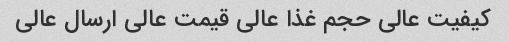
کیفیت عالی حجم غذا عالی قیمت عالی ارسال عالی